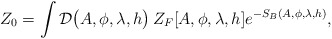
\begin{align*}Z_0=\int{\cal{D}}\big(A,\phi,\lambda,h\big)\,Z_F[A,\phi,\lambda,h]e^{-S_B(A,\phi,\lambda,h)},\end{align*}